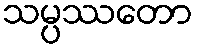
သမ္ပဿတော